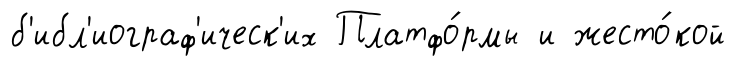
б'ибл'иограф'ическ'их Платфо́рмы и жесто́кой